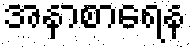
အနာစာရေန